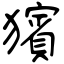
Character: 獱